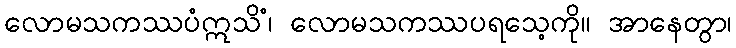
လောမသကဿပံဣသိံ၊ လောမသကဿပရသေ့ကို။ အာနေတွာ၊